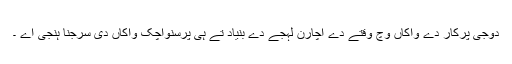
دوجی پرکار دے واکاں وچ وقتے دے اچارن لہجے دے بنیاد تے ہی پرسنواچک واکاں دی سرجنا ہنجی اے ۔